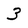
Character: 3